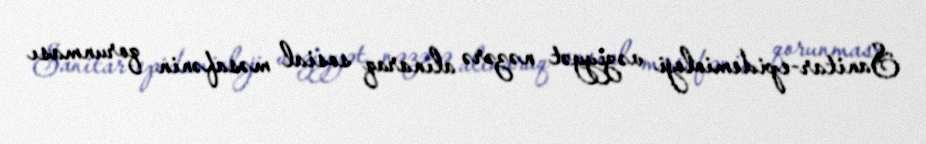
Sanitar-epidemioloji vəziyyət nəzərə alınaraq sosial məsafənin qorunması